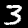
Digit: 3